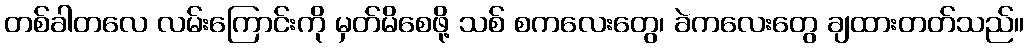
တစ်ခါတလေ လမ်းကြောင်းကို မှတ်မိစေဖို့ သစ် စကလေးတွေ၊ ခဲကလေးတွေ ချထားတတ်သည်။